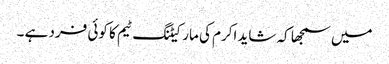
میں سمجھا کہ شاید اکرم کی مارکیٹنگ ٹیم کا کوئی فرد ہے ۔